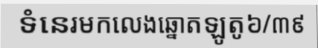
ទំនេរមកលេងឆ្នោតឡូតូ៦/៣៩